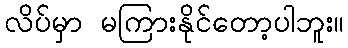
လိပ်မှာ မကြားနိုင်တော့ပါဘူး။